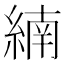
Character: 䋻